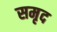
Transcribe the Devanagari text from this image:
समृद